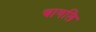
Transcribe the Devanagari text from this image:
चागलि